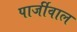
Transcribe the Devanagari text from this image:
पार्जीवाल